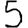
Digit: 5